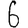
Digit: 6